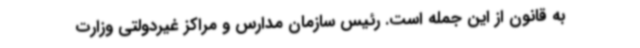
به قانون از این جمله است. رئیس سازمان مدارس و مراکز غیردولتی وزارت